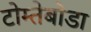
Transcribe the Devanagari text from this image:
टोम्तेबोडा